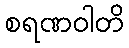
စရဏဝါတိ